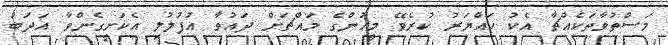
މަސްތުވާތަކެއްޗާ އެކު ހައްޔަރު ކުރެވޭ މީހުންގެ މައްޗަށް ދައުވާ އުފުލުލި އެކަށީގެންވާ އަދަބު